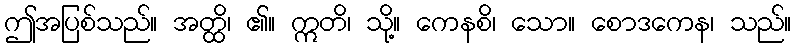
ဤအပြစ်သည်။ အတ္ထိ၊ ၏။ ဣတိ၊ သို့။ ကေနစိ၊ သော။ စောဒကေန၊ သည်။